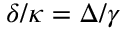
\delta / \kappa = \Delta / \gamma